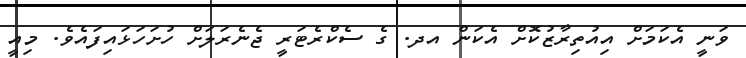
ވަނީ އެކަމަށް އިއުތިރާޒުކޮށް އެކަން އދ. ގެ ސެކްރެޓަރީ ޖެނެރަލަށް ހުށަހަޅައިފައެވެ. މިއީ